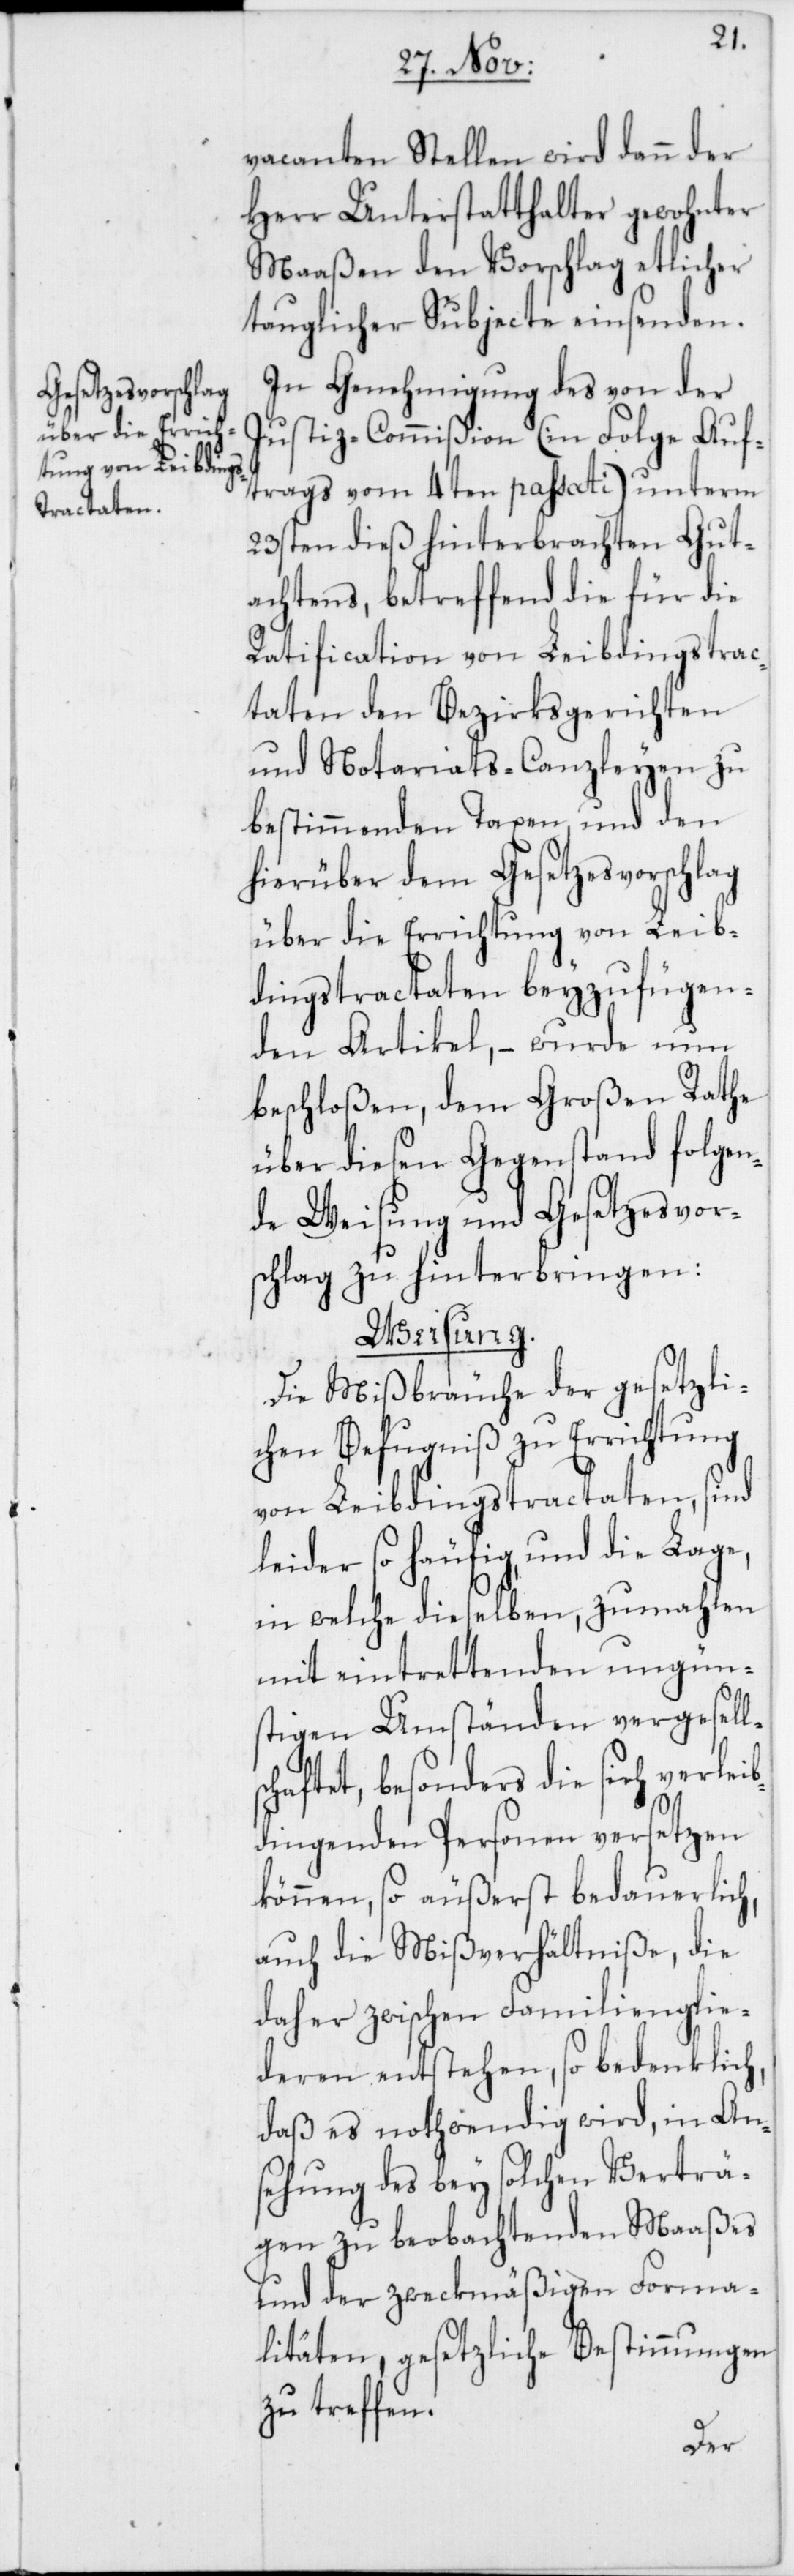
sc¬
vacanten Stellen wird dann der
Herr Unterstatthalter gewohnter
Maaßen den Vorschlag etlicher
tauglicher Subjecte einsenden.
In Genehmigung des von der
Justiz-Commißion (in Folge Auf¬
trags vom 4ten passati) unterm
23sten dieß hinterbrachten Gut¬
achtens, betreffend die für die
Ratfication von Leibdingstrac¬
taten den Bezirksgerichten
und Notariats-Canzleyen zu
bestimmenden Taxen, und den
hierüber dem Gesetzesvorschlag
über die Errichtung von Leib¬
dingstractaten beyzufügen¬
den Artikel, – wurde nun
beschloßen, dem Großen Rathe
über diesen Gegenstand folgen¬
de Weisung und Gesetzesvor¬
schlag zu hinterbringen:
Weisung.
Die Mißbräuche der gesetzli¬
chen Befugniß zu Errichtung
von Leibdingstractaten, sind
leider so häufig und die Lage,
in welche dieselben, zumahlen
mit eintrettenden ungün¬
stigen Umständen vergesell¬
haftet, besonders die sich verleib¬
dingenden Personen versetzen
können, so äußerst bedauerlich,
auch die Mißverhältniße, die
daher zwischen Familienglie¬
deren entstehen, so bedenklich,
daß es nothwendig wird, in Ans¬
ehung des bey solchen Verträ¬
gen zu beobachtenden Maaßes
und der zweckmäßigen Forma¬
litäten, gesetzliche Bestimmungen
zu treffen.